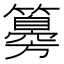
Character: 𥵨